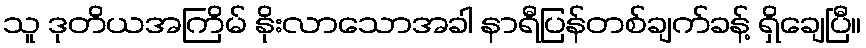
သူ ဒုတိယအကြိမ် နိုးလာသောအခါ နာရီပြန်တစ်ချက်ခန့် ရှိချေပြီ။